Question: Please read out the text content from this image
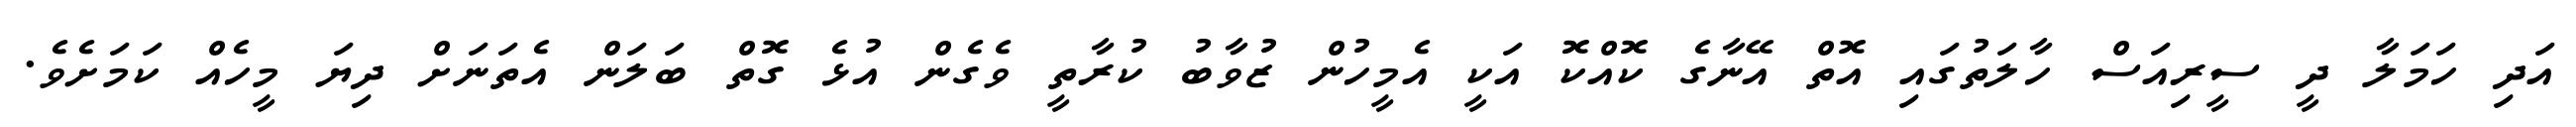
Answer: އަދި ހަމަލާ ދީ ސީރިއަސް ހާލަތުގައި އޮތް އޭނާގެ ކޮއްކޮ އަކީ އެމީހުން ޒުވާބު ކުރާތީ ވެގެން އުޅެ ގޮތް ބަލަން އެތަނަށް ދިޔަ މީހެއް ކަމަށެވެ.